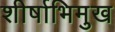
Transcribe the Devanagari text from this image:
शीर्षाभिमुख